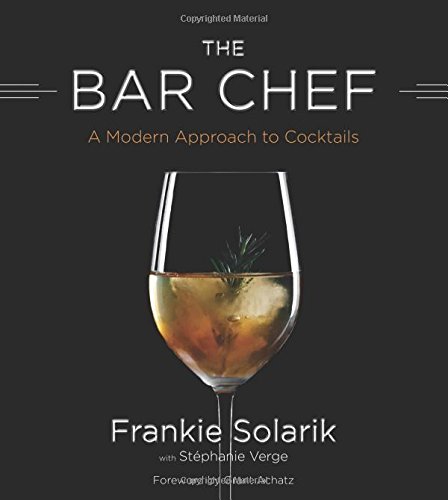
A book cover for Bar Chef; Frankie Solarik; Cookbooks, Food & Wine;